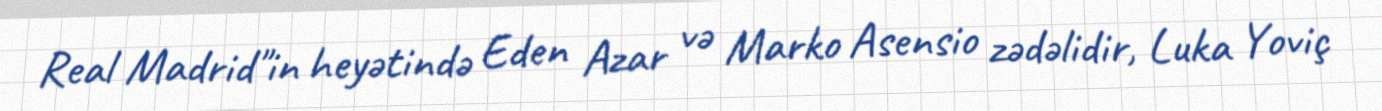
Real Madrid"in heyətində Eden Azar və Marko Asensio zədəlidir, Luka Yoviç